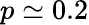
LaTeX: p\simeq 0.2